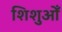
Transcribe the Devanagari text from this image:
शिशुओँ